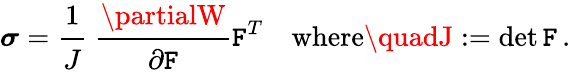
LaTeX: {\boldsymbol{\sigma}}={\cfrac{1}{J}}~{\cfrac{\partialW}{\partial{\boldsymbol{\mathtt{F}}}}}{\boldsymbol{\mathtt{F}}}^{T}\quad{\mathrm{{where}}}\quadJ:=\operatorname*{det}{\boldsymbol{\mathtt{F}}}\, .